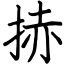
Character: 捇